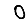
Digit: 0